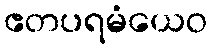
ဧတပရမံယေဝ